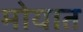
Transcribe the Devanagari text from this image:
मोयात